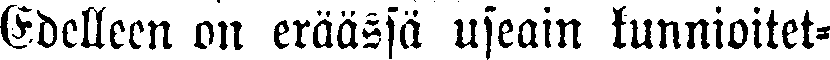
Edelleen on eräässä useain kunnioitet-